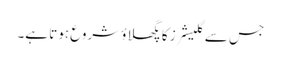
جس سے گلیشرز کا پگھلاؤ شروع ہوتا ہے۔